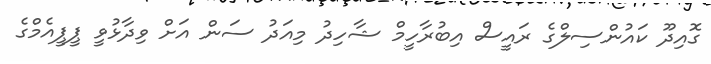
ގޮއިދޫ ކައުންސިލްގެ ރައީސް އިބުރާހީމް ޝާހިދު މިއަދު ސަން އަށް ވިދާޅުވީ ޕީޕީއެމްގެ